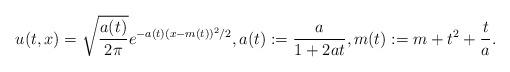
LaTeX: \begin{align*}u(t,x)=\sqrt{\frac {a(t)}{2\pi}}e^{-a(t)(x-m(t))^2/2}, a(t):=\frac a{1+2at}, m(t):=m+t^2+\frac t a.\end{align*}